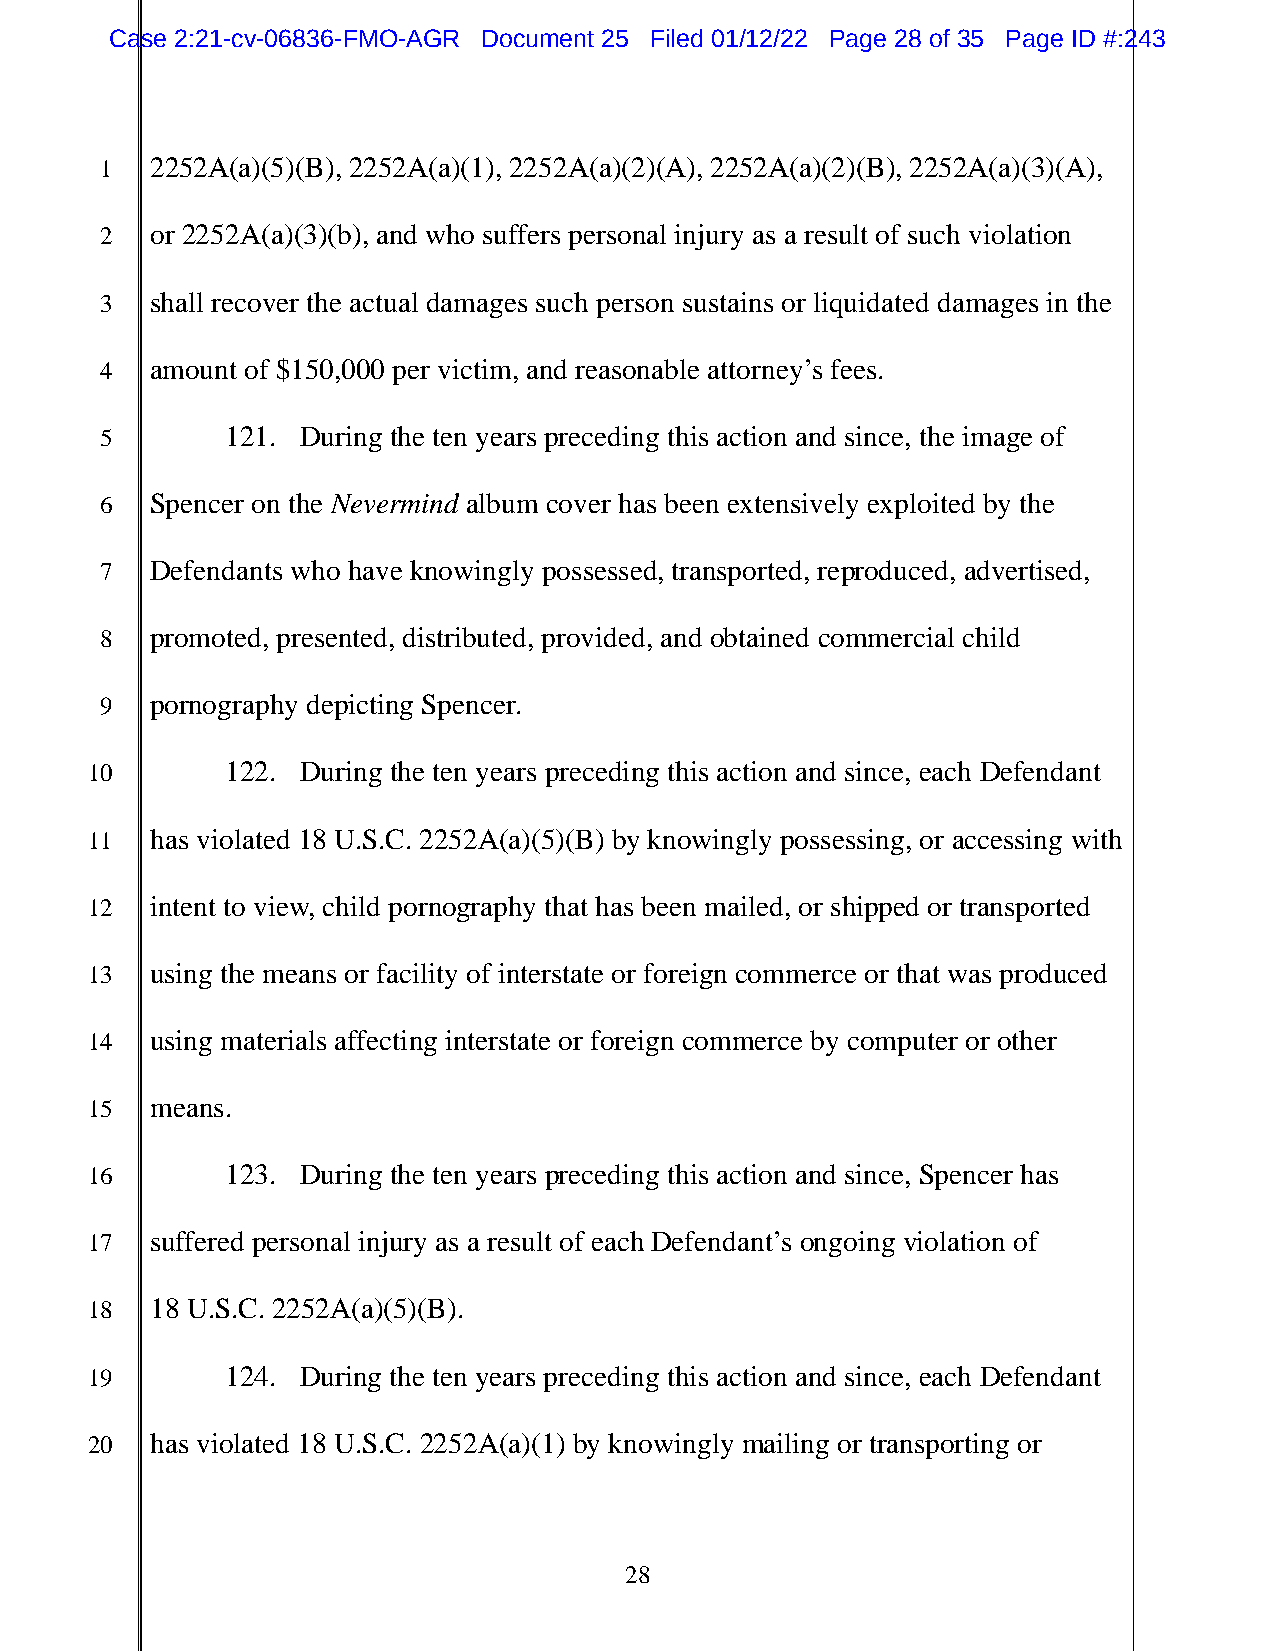
Case 2:21-cv-06836-FMO-AGR Document 25 Filed 01/12/22 Page 28 of 35 Page ID #:243
 1  2252A(a)(5)(B), 2252A(a)(1), 2252A(a)(2)(A), 2252A(a)(2)(B), 2252A(a)(3)(A),
 2  or 2252A(a)(3)(b), and who suffers personal injury as a result of such violation
 3  shall recover the actual damages such person sustains or liquidated damages in the
 4  amount of $150,000 per victim, and reasonable attorney’s fees.
 5       121. During the ten years preceding this action and since, the image of
 6  Spencer on the Nevermind album cover has been extensively exploited by the
 7  Defendants who have knowingly possessed, transported, reproduced, advertised,
 8  promoted, presented, distributed, provided, and obtained commercial child
 9  pornography depicting Spencer.
 10       122. During the ten years preceding this action and since, each Defendant
 11  has violated 18 U.S.C. 2252A(a)(5)(B) by knowingly possessing, or accessing with
 12  intent to view, child pornography that has been mailed, or shipped or transported
 13  using the means or facility of interstate or foreign commerce or that was produced
 14  using materials affecting interstate or foreign commerce by computer or other
 15  means.
 16       123. During the ten years preceding this action and since, Spencer has
 17  suffered personal injury as a result of each Defendant’s ongoing violation of
 18  18 U.S.C. 2252A(a)(5)(B).
 19       124. During the ten years preceding this action and since, each Defendant
 20  has violated 18 U.S.C. 2252A(a)(1) by knowingly mailing or transporting or
 28